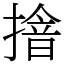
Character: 摿